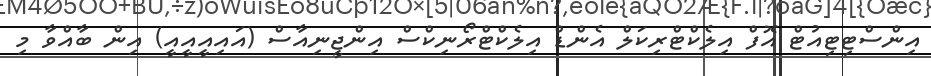
އިންސްޓިޓިއުޓް އޮފް އިލެކްޓްރިކަލް އެންޑް އިލެކްޓްރޯނިކްސް އިންޖީނިއާސް (އައިއީއީއީ) އިން ބާއްވާ މި